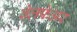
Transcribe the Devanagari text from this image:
वेलफेअर